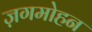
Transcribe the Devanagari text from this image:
ज़गमोहन